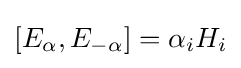
[E_{\alpha },E_{-\alpha }]=\alpha _{i}H_{i}